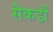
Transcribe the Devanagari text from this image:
सैकडौं